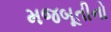
મજબૂતીનો